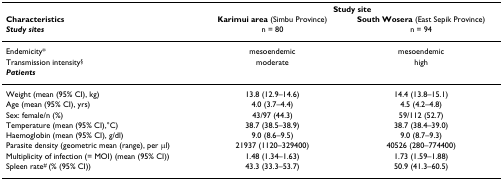
<table><thead><tr><td></td><td colspan="2"><b>Study site</b></td></tr><tr><td><b>Characteristics</b></td><td><b>Karimui area (Simbu Province)</b></td><td><b>South Wosera (East Sepik Province)</b></td></tr><tr><td><b><i>Study sites</i></b></td><td><b>n = 80</b></td><td><b>n = 94</b></td></tr></thead><tbody><tr><td>Endemicity*</td><td>mesoendemic</td><td>mesoendemic</td></tr><tr><td>Transmission intensity<sup>§</sup></td><td>moderate</td><td>high</td></tr><tr><td><b><i>Patients</i></b></td><td></td><td></td></tr><tr><td>Weight (mean (95% CI), kg)</td><td>13.8 (12.9–14.6)</td><td>14.4 (13.8–15.1)</td></tr><tr><td>Age (mean (95% CI), yrs)</td><td>4.0 (3.7–4.4)</td><td>4.5 (4.2–4.8)</td></tr><tr><td>Sex: female/n (%)</td><td>43/97 (44.3)</td><td>59/112 (52.7)</td></tr><tr><td>Temperature (mean (95% CI),°C)</td><td>38.7 (38.5–38.9)</td><td>38.7 (38.4–39.0)</td></tr><tr><td>Haemoglobin (mean (95% CI), g/dl)</td><td>9.0 (8.6–9.5)</td><td>9.0 (8.7–9.3)</td></tr><tr><td>Parasite density (geometric mean (range), per μl)</td><td>21937 (1120–329400)</td><td>40526 (280–774400)</td></tr><tr><td>Multiplicity of infection (= MOI) (mean (95% CI))</td><td>1.48 (1.34–1.63)</td><td>1.73 (1.59–1.88)</td></tr><tr><td>Spleen rate<sup># </sup>(% (95% CI))</td><td>43.3 (33.3–53.7)</td><td>50.9 (41.3–60.5)</td></tr></tbody></table>